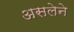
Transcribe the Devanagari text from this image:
असलेने